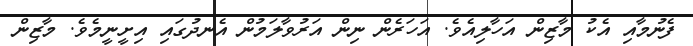
ފެނުމާއި އެކު މާޒިން އަހާލިއެވެ. އަހަރެން ނިން އަރުވާލަމުން އެނދުގައި އިށީނީމެވެ. މާޒިން